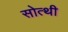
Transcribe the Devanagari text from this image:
सोत्थी